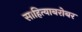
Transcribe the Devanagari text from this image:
साहित्याबरोबर